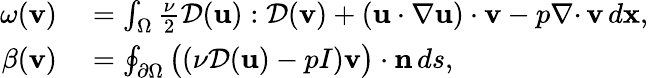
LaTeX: \begin{array}{rl}{\omega({\mathbf v})}&{{}=\int_{\Omega}\frac{\nu}{2}{\mathcal{D}}({\mathbf u}):{\mathcal{D}}({\mathbf v})+({\mathbf u}\cdot\nabla{\mathbf u})\cdot{\mathbf v}-p{{\nabla\cdot}\, }{\mathbf v}\, d{\mathbf x},}\\ {\beta({\mathbf v})}&{{}=\oint_{{\partial\Omega}}\big((\nu{\mathcal{D}}({\mathbf u})-pI){\mathbf v}\big)\cdot{\mathbf n}\, ds,}\end{array}